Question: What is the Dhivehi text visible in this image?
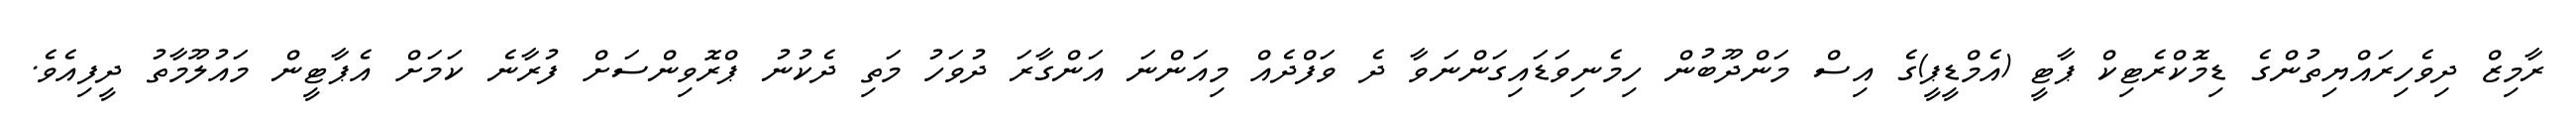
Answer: ރާމިޒް ދިވެހިރައްޔިތުންގެ ޑިމޮކްރެޓިކް ޕާޓީ (އެމްޑީޕީ)ގެ އިސް މަންދޫބުން ހިމެނިވަޑައިގަންނަވާ ދެ ވަފްދެއް މިއަންނަ އަންގާރަ ދުވަހު މަތި ދެކުނު ޕްރޮވިންސަށް ފުރާނެ ކަމަށް އެޕާޓީން މައުލޫމާތު ދީފިއެވެ.